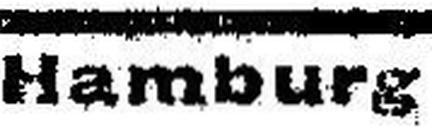
Hamburg